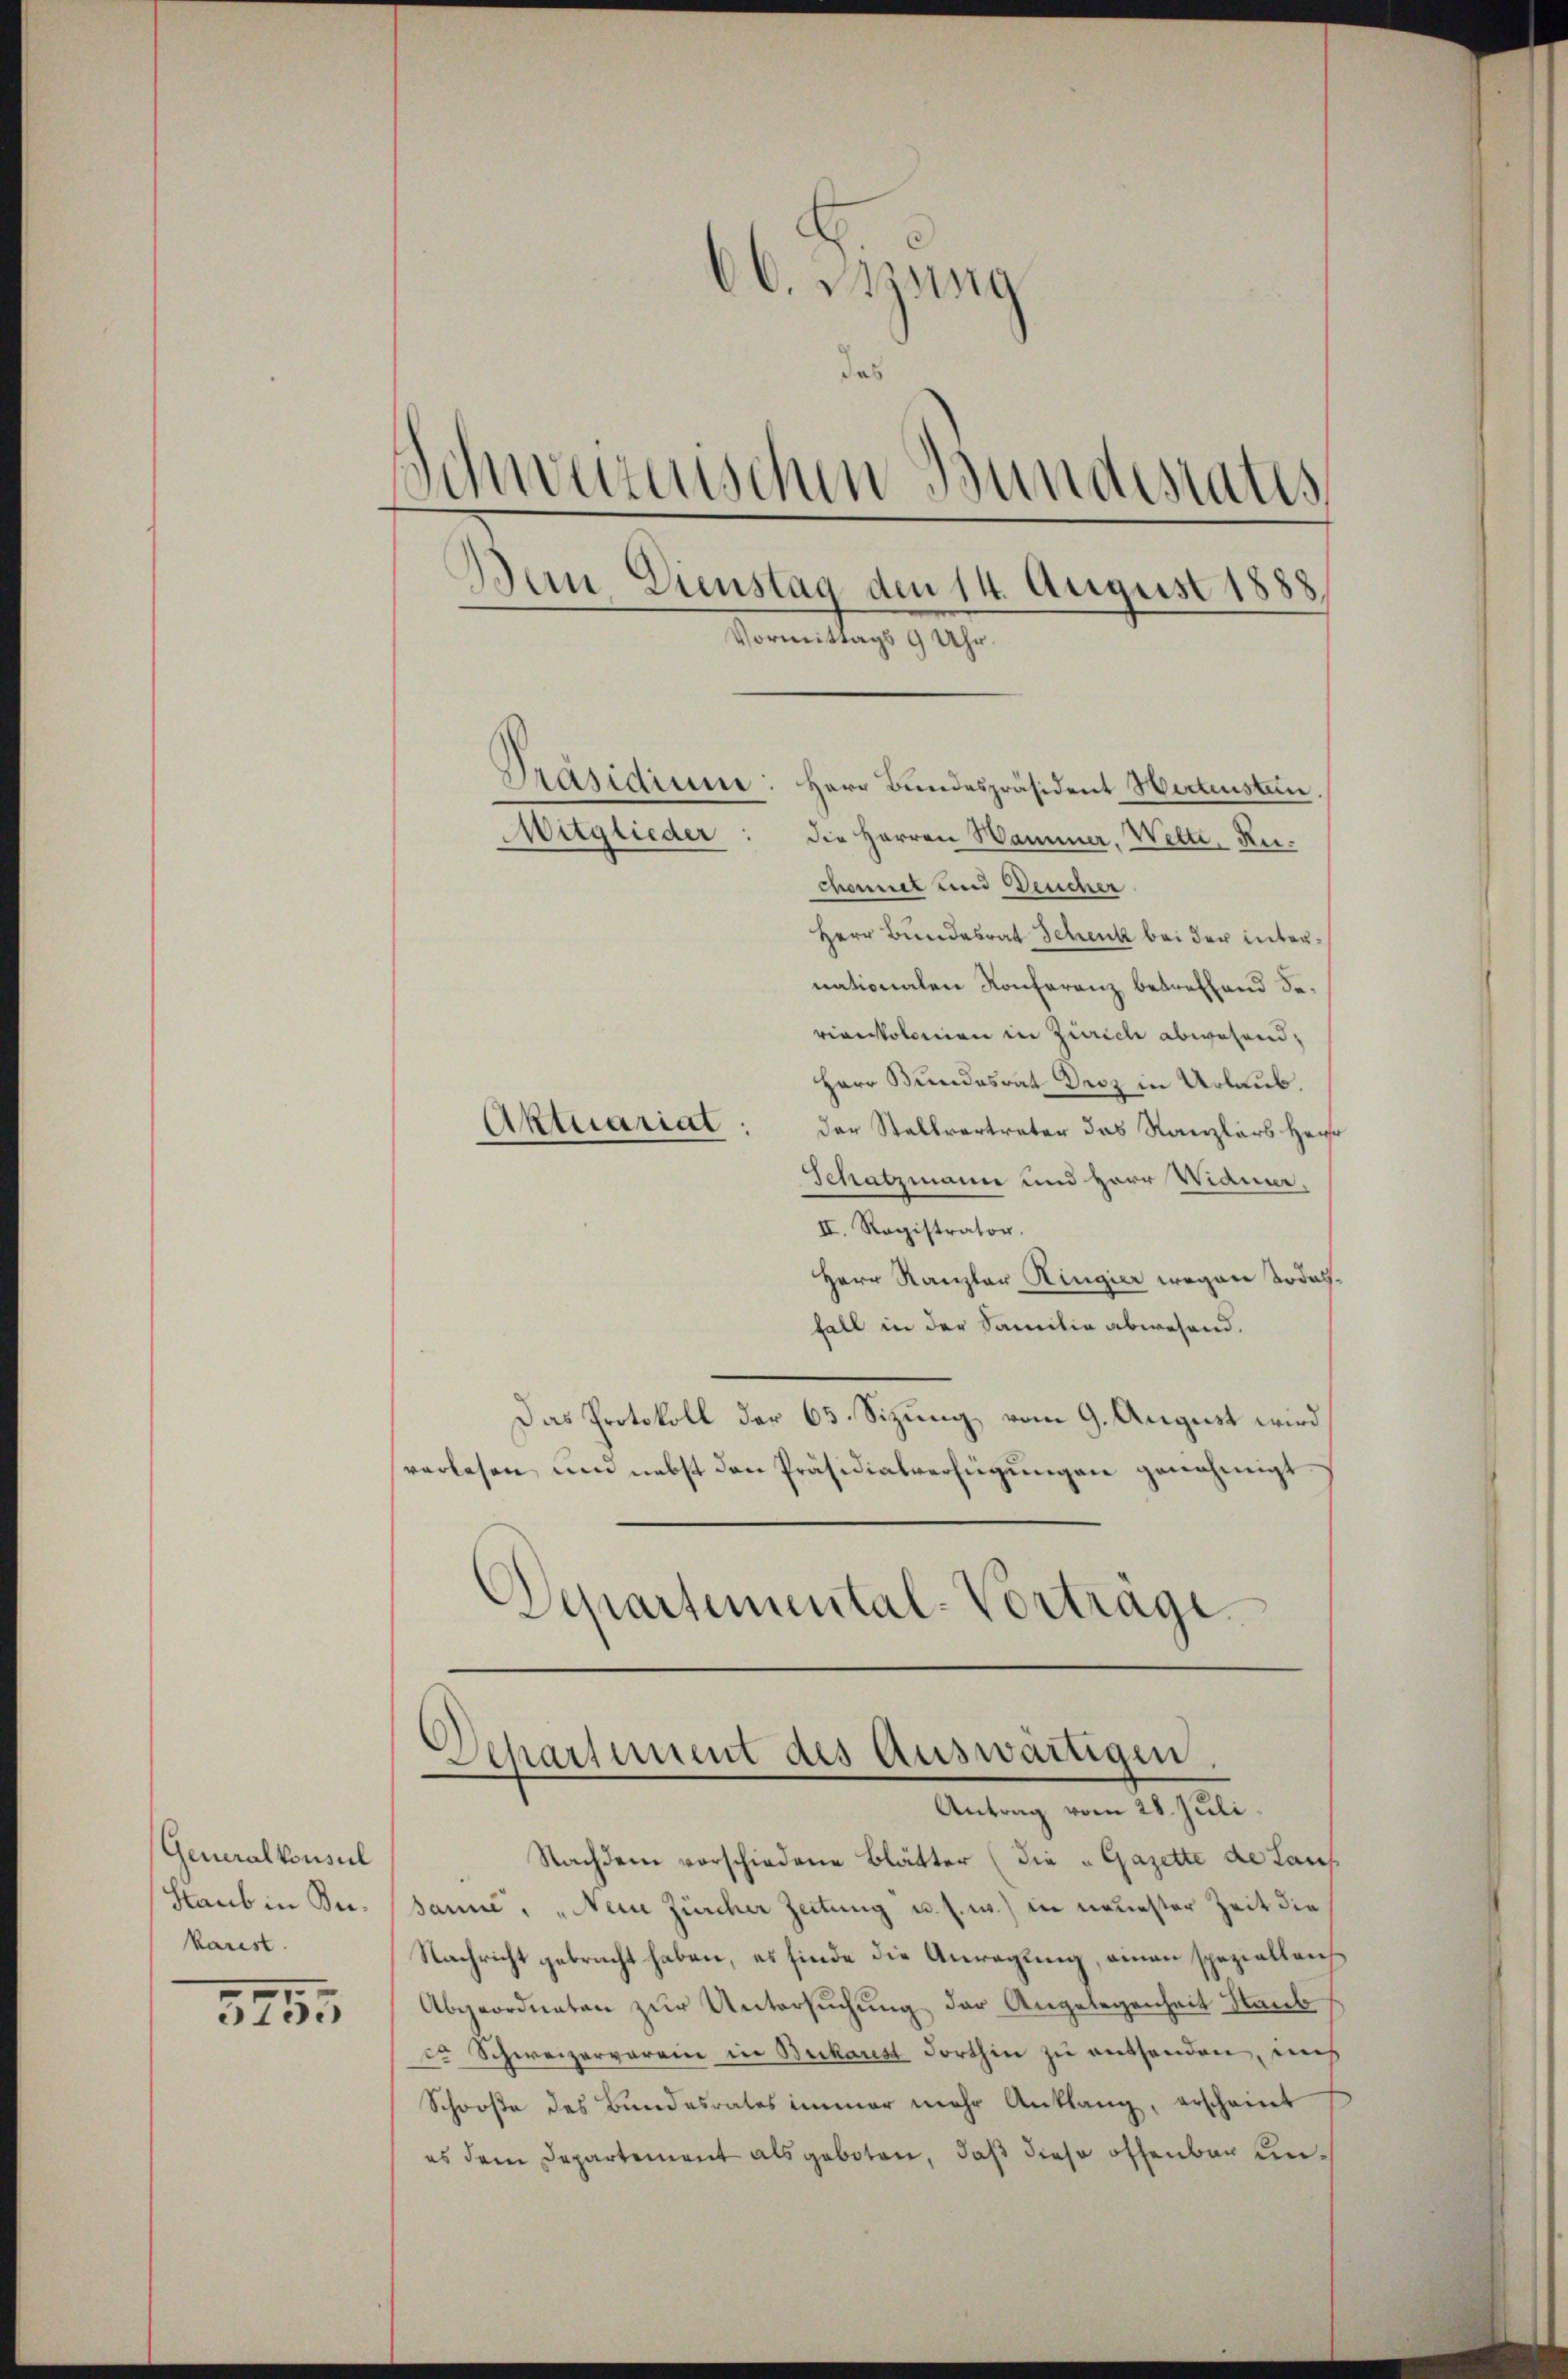
Generalkonsul
Staub in Bekarist.

3755

66. Btzung
das
Schwarzenschen Bundesrates
Dein Dienstag den 14. August 1888
Vormittags 9 Uhr.
Präsidium: Herr Bundespräsident Wertensten.
Mitglieder
die Herren Hammer, Wette, Rechonnet und Deucher

Herr Bundesrat Schenk bei der internationalen Konferenz betreffend Serienkolonien in Zürich abwesend,
Herr Bundesrat Droz in Urlaub.
der Stallvertreter das Kanzlers Hausr
Schatzmann und Herr Widmur.
II. Registrator.
Herr Kanzler Ringier wegen Todesfall in der Familie abwesend.
Das Protokoll der 65. Sizung vom 9. August wird
verlesen und nebst den Präsidialverfügungen genehmigt.
Departemental-Vortrage

Aktuariat

Nachdem vorschiedene Blätter (die „Gazette de Lauf
sanne: „Neine Zürcher Zeitung u. s. w.) in neuester Zeit die
Nachricht gebracht haben, es finde die Anregung, einen spezielleich
Abgeordneten zur Untersuchung der Angelegenheit Staub
c. Schweizerverein in Buchares dorthin zu entsenden, nich
Schooße des Bundesrates immer mehr Anklang, erscheint
es dem Departement als geboten, daß diese offenbar un¬

Departement des Auswärtigen.
Antrag vom 28. Juli